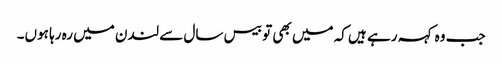
جب وہ کہہ رہے ہیں کہ میں بھی تو بیس سال سے لندن میں رہ رہا ہوں۔